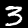
Digit: 3